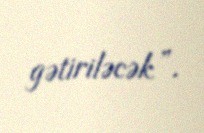
gətiriləcək”.